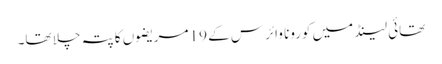
تھائی لینڈ میں کورونا وائرس کے 19 مریضوں کا پتہ چلا تھا۔